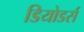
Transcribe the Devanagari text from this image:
डियोडर्स